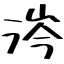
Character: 涔